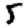
Digit: 5